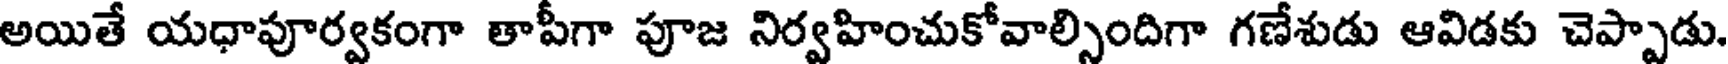
అయితే యధాపూర్వకంగా తాపీగా పూజ నిర్వహించుకోవాల్సిందిగా గణేశుడు ఆవిడకు చెప్పాడు.